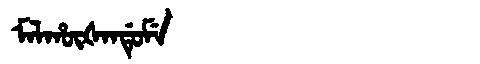
Manchu: ᠮᠠᠯᡥᡡᡧᠠᠨᡩᡠᠮᡝ
Romanization: MALHŪŠANDUME